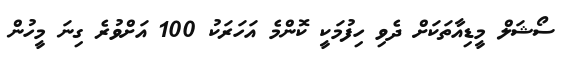
ސޯޝަލް މީޑިއާތަކަށް ދެވި ހިފުމަކީ ކޮންމެ އަހަރަކު 100 އަށްވުރެ ގިނަ މީހުން